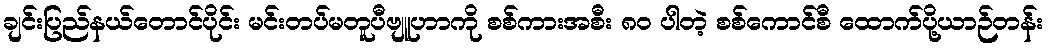
ချင်းပြည်နယ်တောင်ပိုင်း မင်းတပ်မတူပီဗျူဟာကို စစ်ကားအစီး ၈၀ ပါတဲ့ စစ်ကောင်စီ ထောက်ပို့ယာဉ်တန်း